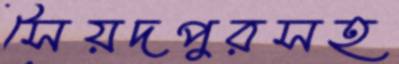
সৈয়দপুরসহ